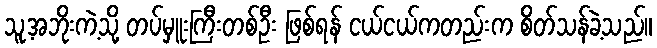
သူ့အဘိုးကဲ့သို့ တပ်မှူးကြီးတစ်ဦး ဖြစ်ရန် ငယ်ငယ်ကတည်းက စိတ်သန်ခဲ့သည်။